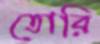
তোরি